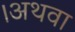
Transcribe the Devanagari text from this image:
।अथवा